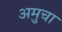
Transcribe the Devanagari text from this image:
अमुचा